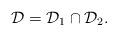
LaTeX: \begin{align*}\mathcal{D}=\mathcal{D}_1\cap\mathcal{D}_2.\end{align*}